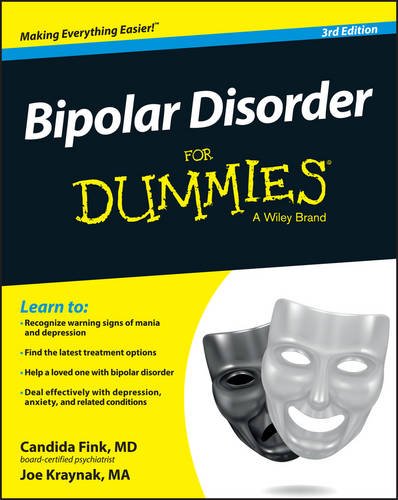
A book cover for Bipolar Disorder For Dummies (For Dummies (Psychology & Self Help)); Candida Fink; Health, Fitness & Dieting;